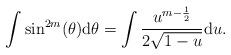
LaTeX: \begin{align*}\int \sin^{2m}(\theta) {\rm d}\theta = \int \frac{u^{m - \frac{1}{2}}}{2 \sqrt{1-u}} {\rm d}u. \end{align*}